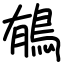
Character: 䳑